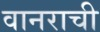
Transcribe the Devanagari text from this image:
वानराची